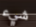
شيء